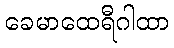
ခေမာထေရီဂါထာ